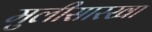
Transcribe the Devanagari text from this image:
मुलीसारखा